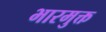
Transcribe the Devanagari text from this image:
भारमुक्त